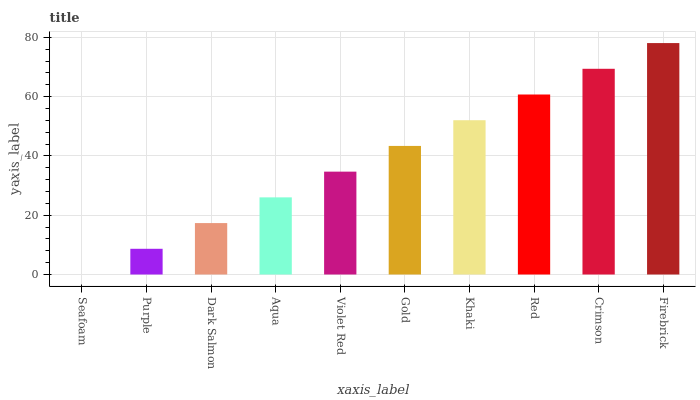
| xaxis_label | bars |
 | --- | --- |
 | Seafoam | 0 |
 | Purple | 8.67 |
 | Dark Salmon | 17.3 |
 | Aqua | 26 |
 | Violet Red | 34.7 |
 | Gold | 43.4 |
 | Khaki | 52 |
 | Red | 60.7 |
 | Crimson | 69.4 |
 | Firebrick | 78.1 |